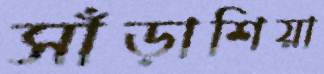
সাঁড়াশিয়া